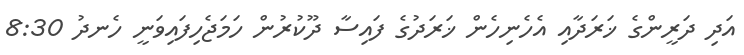
އަދި ދަރީންގެ ޚަރަދާއި އެހެނިހެން ޚަރަދުގެ ފައިސާ ދޫކުރުން ހަމަޖެހިފައިވަނީ ހެނދު 8:30